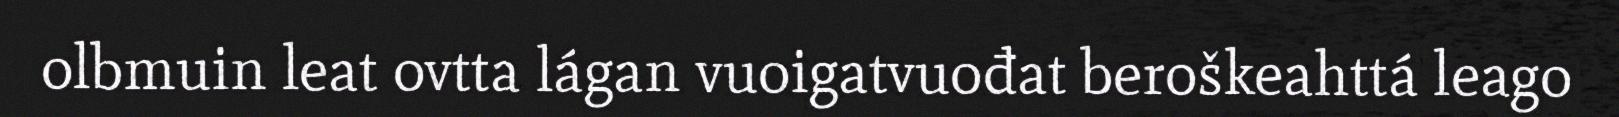
olbmuin leat ovtta lágan vuoigatvuođat beroškeahttá leago